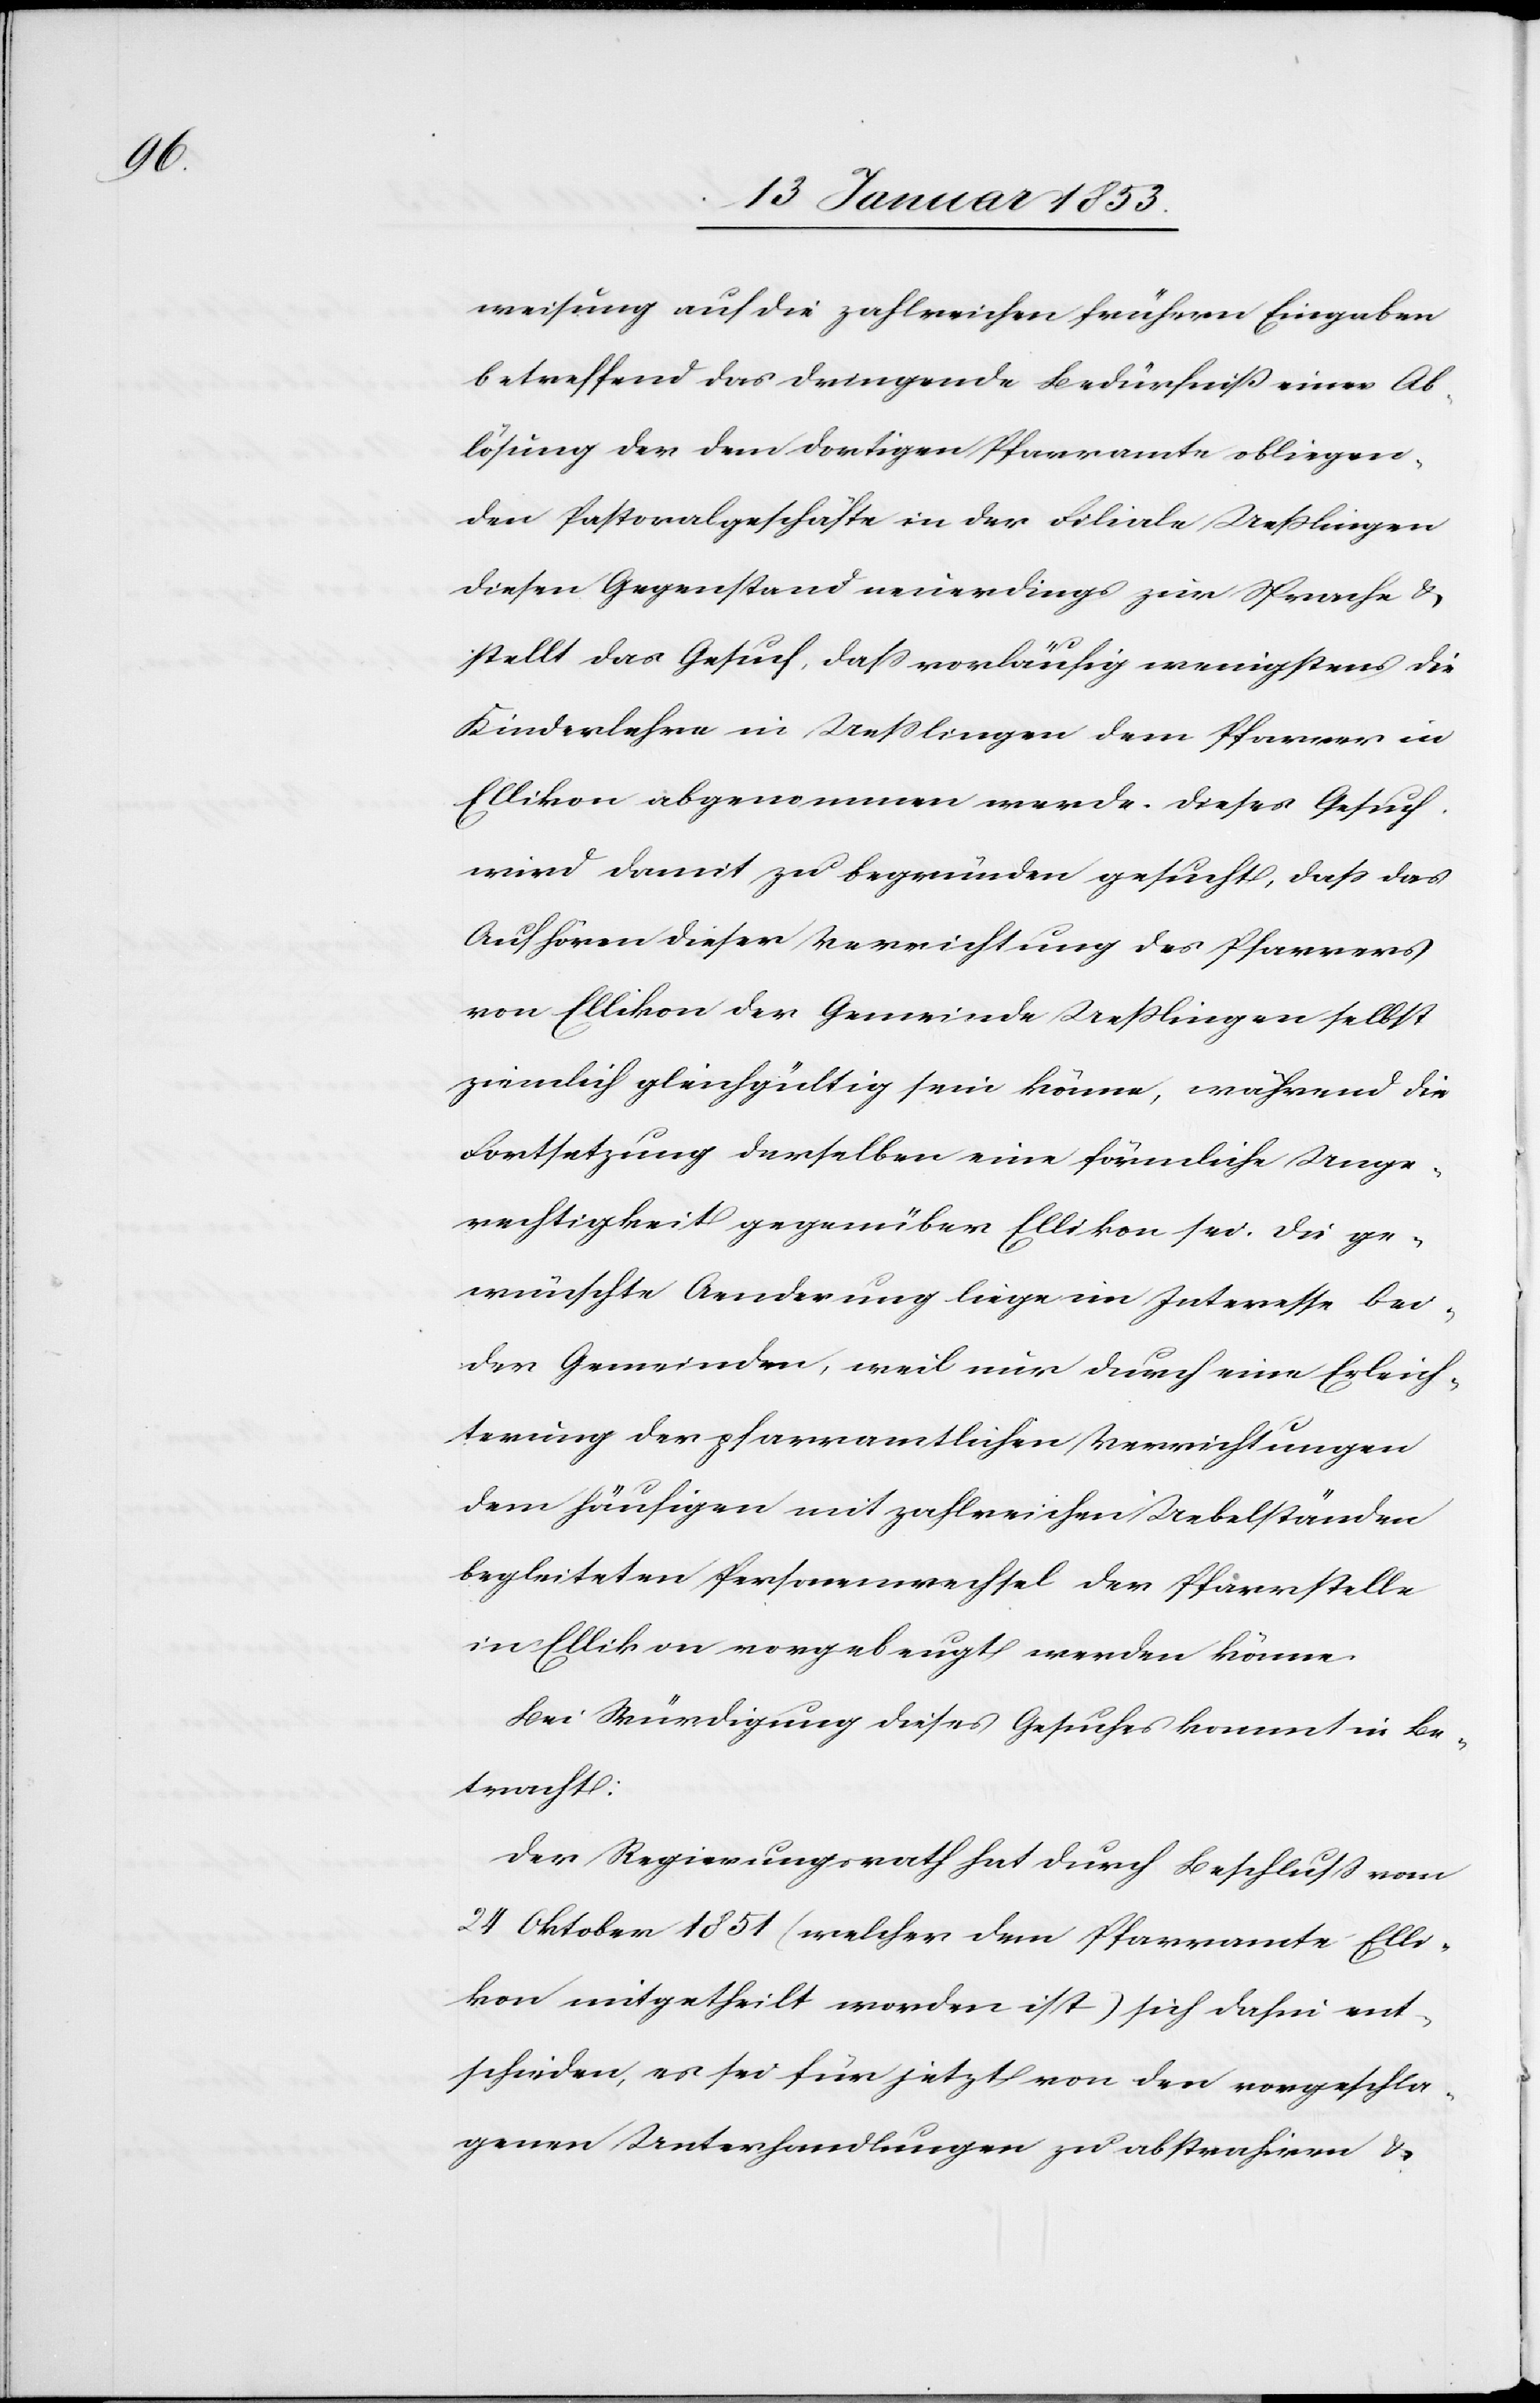
weisung auf die zahlreichen frühern Eingaben
betreffend das dringende Bedürfniß einer Ab¬
lösung der dem dortigen Pfarramte obliegen¬
den Pastoralgeschäfte in der Filiale Ueßlingen
diesen Gegenstand neuerdings zur Sprache u.
stellt das Gesuch, daß vorläufig wenigstens die
Kinderlehre in Ueßlingen dem Pfarrer in
Ellikon abgenommen werde. Dieses Gesuch
wird damit zu begründen gesucht, daß das
Aufhören dieser Verrichtung des Pfarrers
von Ellikon der Gemeinde Ueßlingen selbst
ziemlich gleichgültig sein könne, während die
Fortsetzung derselben eine förmliche Unge¬
rechtigkeit gegenüber Ellikon sei. Die ge¬
wünschte Aenderung liege im Interesse bei¬
der Gemeinden, weil nur durch eine Erleich¬
terung der pfarramtlichen Verrichtungen
dem häufigen mit zahlreichen Uebelständen
begleiteten Personenwechsel der Pfarrstelle
in Ellikon vorgebeugt werden könne.
Bei Würdigung dieses Gesuchs kommt in Be¬
tracht:
Der Regierungsrath hat durch Beschluß vom
24 Oktober 1851 (welcher dem Pfarramte Elli¬
kon mitgetheilt worden ist) sich dahin ent¬
schieden, es sei für jetzt von den vorgeschla¬
genen Unterhandlungen zu abstrahiren u.